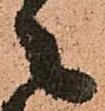
々